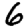
Digit: 6